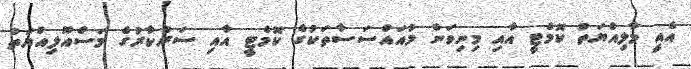
އެއީ މާލިއްޔަތު ކޮމެޓީ އާއި މިނިވަން މުއައްސަސާތަކުގެ ކޮމެޓީ އާއި ސަރުކާރުގެ މަސްއޫލިއްޔަތު